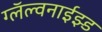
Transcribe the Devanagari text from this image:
ग्लॅल्वनाईझ्ड